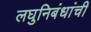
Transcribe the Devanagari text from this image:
लघुनिबंधांची